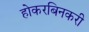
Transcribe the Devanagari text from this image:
होकरबिनकरी